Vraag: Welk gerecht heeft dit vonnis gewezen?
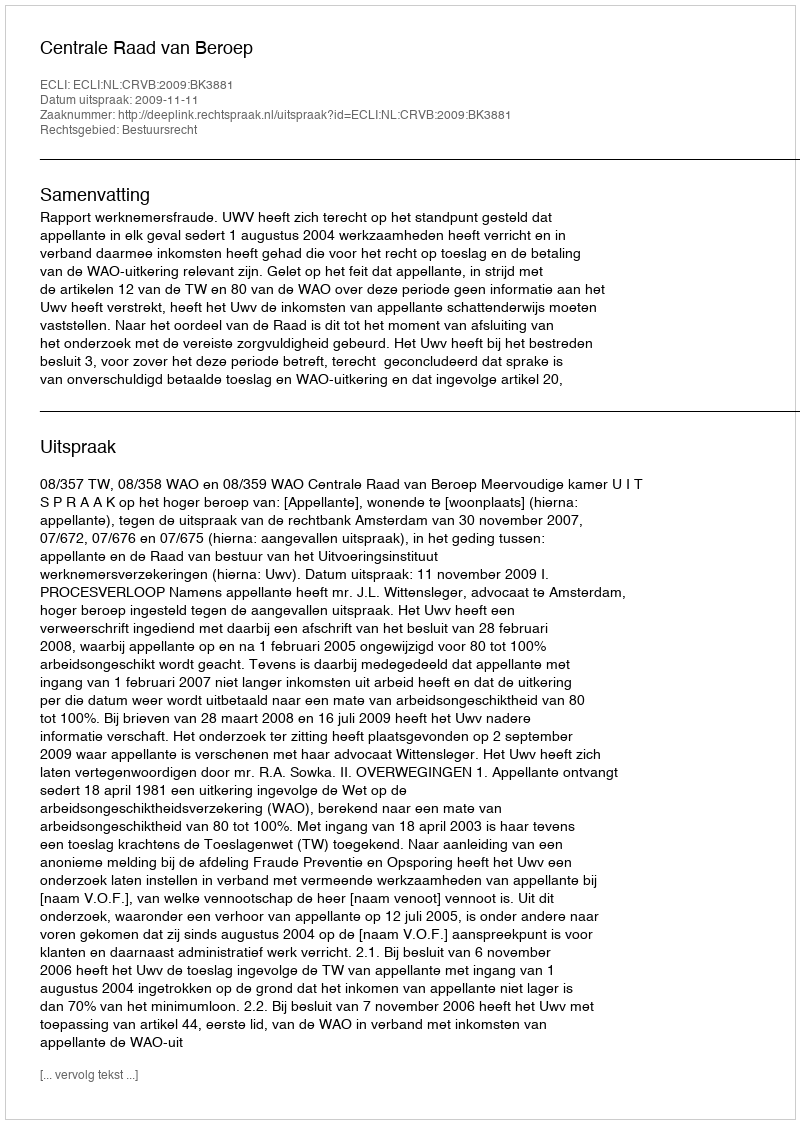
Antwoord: Centrale Raad van Beroep